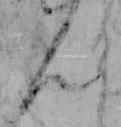
ん